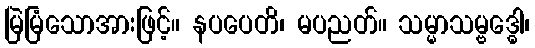
မြဲမြံသောအားဖြင့်။ နပပေတိ၊ မပညတ်။ သမ္မာသမ္ဗဒ္ဓေါ၊